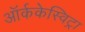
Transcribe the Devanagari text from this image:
ऑर्ककेस्विट्रा